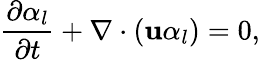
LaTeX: \frac{\partial{\alpha_{l}}}{\partial{t}}+\nabla\cdot(\textbf{u}\alpha_{l})=0,